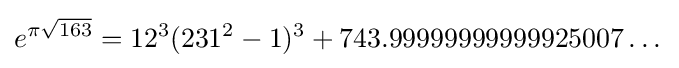
e^{\pi {\sqrt {163}}}=12^{3}(231^{2}-1)^{3}+743.99999999999925007\dots